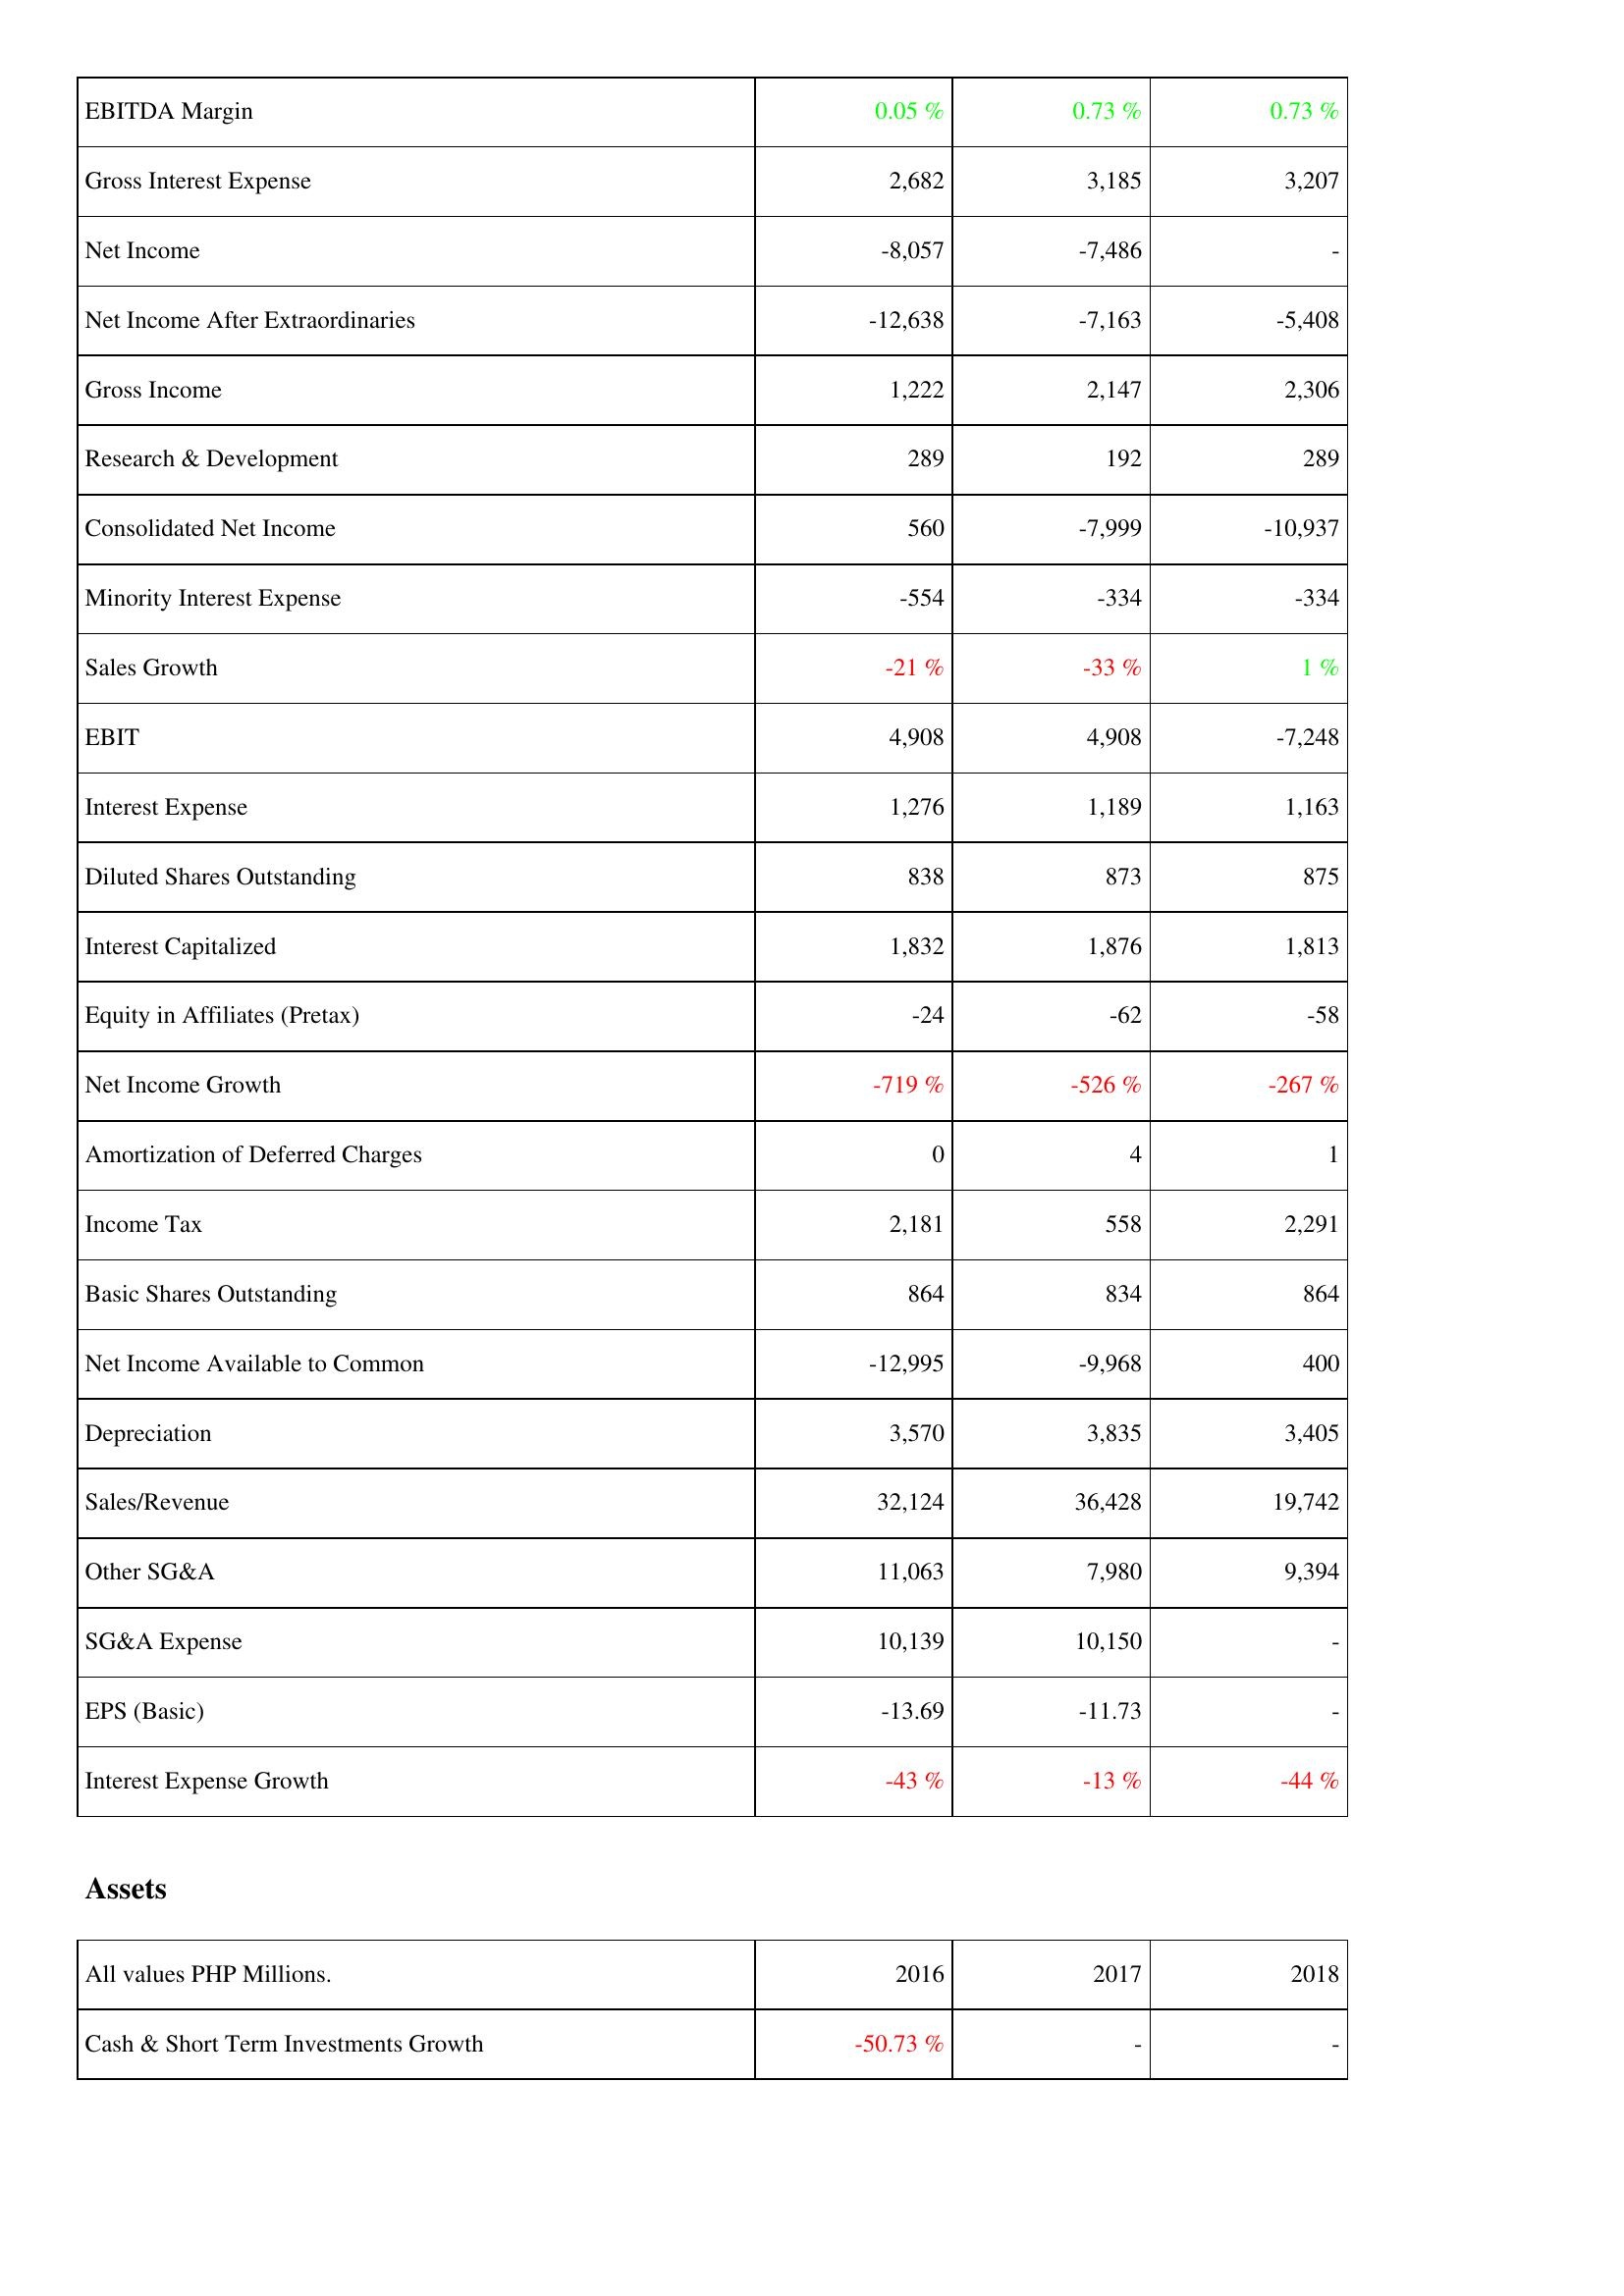
2016: Income Statement: EBITDA Margin: 0.05 %
Gross Interest Expense: 2,682
Net Income: -8,057
Net Income After Extraordinaries: -12,638
Gross Income: 1,222
Research & Development: 289
Consolidated Net Income: 560
Minority Interest Expense: -554
Sales Growth: -21 %
EBIT: 4,908
Interest Expense: 1,276
Diluted Shares Outstanding: 838
Interest Capitalized: 1,832
Equity in Affiliates (Pretax): -24
Net Income Growth: -719 %
Amortization of Deferred Charges: 0
Income Tax: 2,181
Basic Shares Outstanding: 864
Net Income Available to Common: -12,995
Depreciation: 3,570
Sales/Revenue: 32,124
Other SG&A: 11,063
SG&A Expense: 10,139
EPS (Basic): -13.69
Interest Expense Growth: -43 %
Assets: Cash & Short Term Investments Growth: -50.73 %
2017: Income Statement: EBITDA Margin: 0.73 %
Gross Interest Expense: 3,185
Net Income: -7,486
Net Income After Extraordinaries: -7,163
Gross Income: 2,147
Research & Development: 192
Consolidated Net Income: -7,999
Minority Interest Expense: -334
Sales Growth: -33 %
EBIT: 4,908
Interest Expense: 1,189
Diluted Shares Outstanding: 873
Interest Capitalized: 1,876
Equity in Affiliates (Pretax): -62
Net Income Growth: -526 %
Amortization of Deferred Charges: 4
Income Tax: 558
Basic Shares Outstanding: 834
Net Income Available to Common: -9,968
Depreciation: 3,835
Sales/Revenue: 36,428
Other SG&A: 7,980
SG&A Expense: 10,150
EPS (Basic): -11.73
Interest Expense Growth: -13 %
Assets: Cash & Short Term Investments Growth: -
2018: Income Statement: EBITDA Margin: 0.73 %
Gross Interest Expense: 3,207
Net Income: -
Net Income After Extraordinaries: -5,408
Gross Income: 2,306
Research & Development: 289
Consolidated Net Income: -10,937
Minority Interest Expense: -334
Sales Growth: 1 %
EBIT: -7,248
Interest Expense: 1,163
Diluted Shares Outstanding: 875
Interest Capitalized: 1,813
Equity in Affiliates (Pretax): -58
Net Income Growth: -267 %
Amortization of Deferred Charges: 1
Income Tax: 2,291
Basic Shares Outstanding: 864
Net Income Available to Common: 400
Depreciation: 3,405
Sales/Revenue: 19,742
Other SG&A: 9,394
SG&A Expense: -
EPS (Basic): -
Interest Expense Growth: -44 %
Assets: Cash & Short Term Investments Growth: -